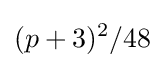
(p+3)^{2}/48